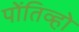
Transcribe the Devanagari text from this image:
पोंतिव्हो